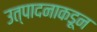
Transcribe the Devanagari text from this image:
उत्पादनाकडून